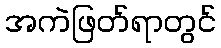
အကဲဖြတ်ရာတွင်